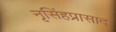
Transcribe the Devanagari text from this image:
नृसिंहप्रासाद